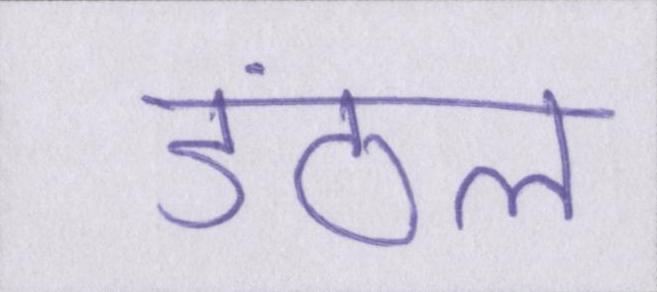
डंठल